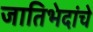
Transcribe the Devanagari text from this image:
जातिभेदांचे